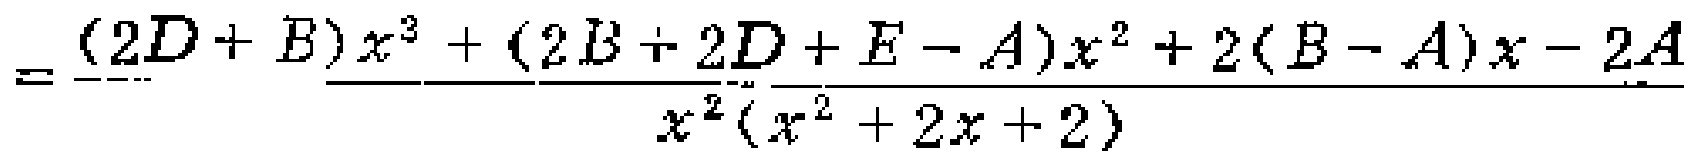
\[=\frac{(2D + B)x^{3}+(2B + 2D+E - A)x^{2}+2(B - A)x - 2A}{x^{2}(x^{2}+2x + 2)}\]